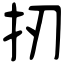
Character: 扨